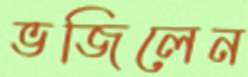
ভজিলেন